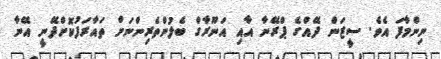
ނިންމާފަ އެވެ. ސީޒަން ދޭއްގެ ޕްރޭނާ އާއި އަނޫރާގް ބެލުންތެރިންނަށް ތައާރަފުކޮށްދޭނީ އޭނާ